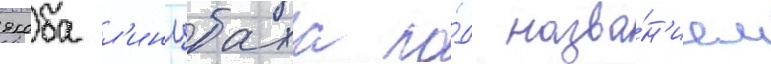
якоба л'инцбаха по́д назва́н'ием